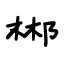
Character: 郴